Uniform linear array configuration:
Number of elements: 32
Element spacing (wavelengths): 0.75
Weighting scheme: blackman
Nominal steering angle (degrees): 30
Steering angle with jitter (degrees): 30.486
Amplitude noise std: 0.05
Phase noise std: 0.05

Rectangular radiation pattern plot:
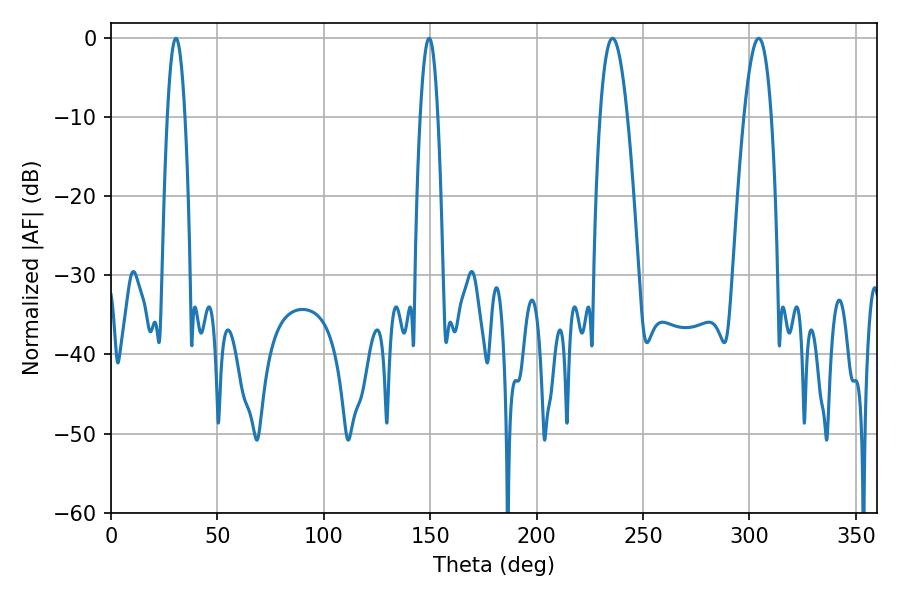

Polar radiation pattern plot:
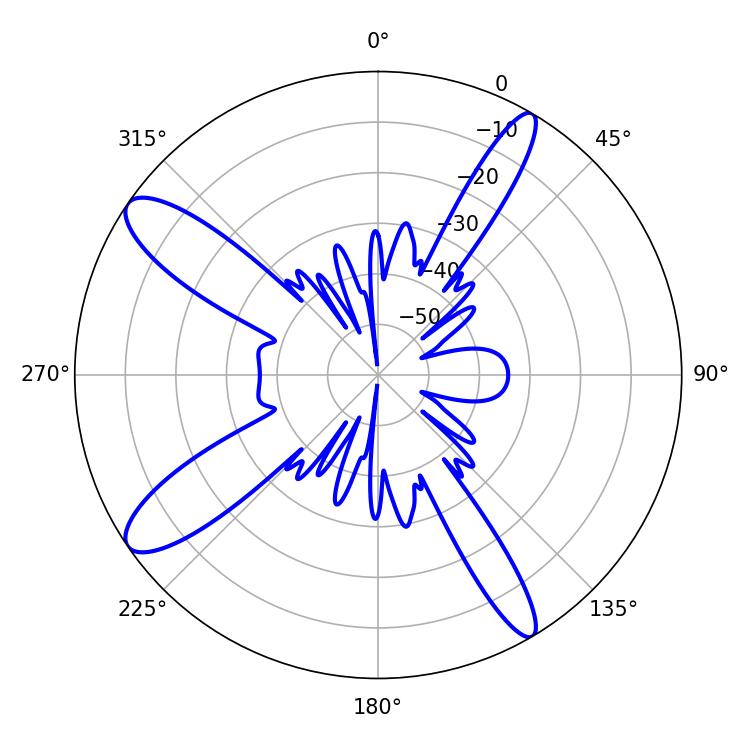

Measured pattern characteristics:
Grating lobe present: TRUE
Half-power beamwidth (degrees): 7.02
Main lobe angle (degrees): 235.62